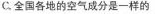
C.全国各地的空气成分是一样的